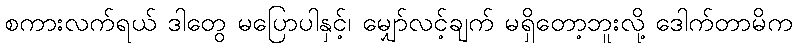
စကားလက်ရယ် ဒါတွေ မပြောပါနှင့်၊ မျှော်လင့်ချက် မရှိတော့ဘူးလို့ ဒေါက်တာမိက